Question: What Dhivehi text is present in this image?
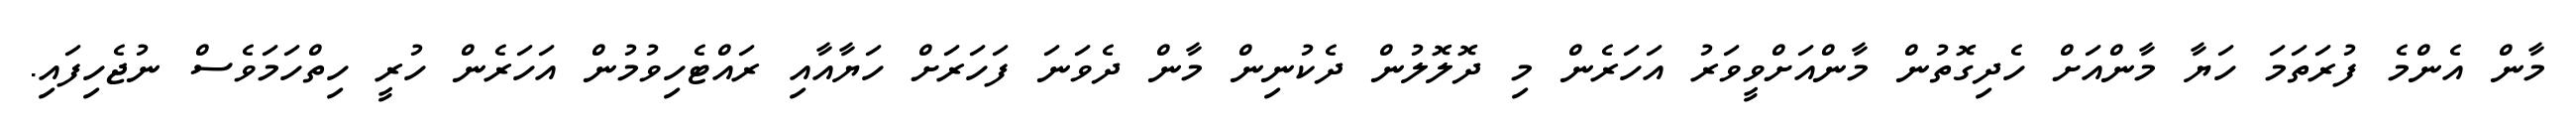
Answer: މާން އެންމެ ފުރަތަމަ ހަޔާ މާންއަށް ހެދިގޮތުން މާންއަށްވީވަރު އަހަރެން މި ދޮލޮލުން ދެކުނިން މާން ދެވަނަ ފަހަރަށް ހަޔާއާއި ރައްޓެހިވުމުން އަހަރެން ހުރީ ހިތްހަމަވެސް ނުޖެހިފައި.